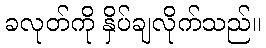
ခလုတ်ကို နှိပ်ချလိုက်သည်။